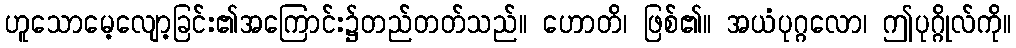
ဟူသောမေ့လျော့ခြင်း၏အကြောင်း၌တည်တတ်သည်။ ဟောတိ၊ ဖြစ်၏။ အယံပုဂ္ဂလော၊ ဤပုဂ္ဂိုလ်ကို။